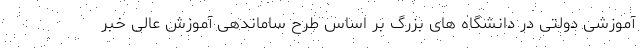
آموزشی دولتی در دانشگاه های بزرگ بر اساس طرح ساماندهی آموزش عالی خبر